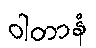
ဝါတာနံ